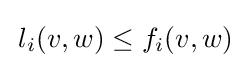
\,l_{i}(v,w)\leq f_{i}(v,w)